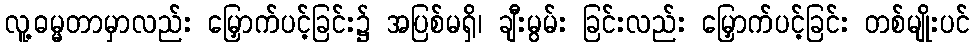
လူ့ဓမ္မတာမှာလည်း မြှောက်ပင့်ခြင်း၌ အပြစ်မရှိ၊ ချီးမွမ်း ခြင်းလည်း မြှောက်ပင့်ခြင်း တစ်မျိုးပင်